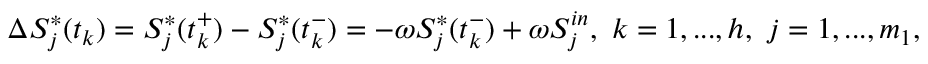
\Delta S _ { j } ^ { * } ( t _ { k } ) = S _ { j } ^ { * } ( t _ { k } ^ { + } ) - S _ { j } ^ { * } ( t _ { k } ^ { - } ) = - \omega S _ { j } ^ { * } ( t _ { k } ^ { - } ) + \omega S _ { j } ^ { i n } , \ k = 1 , . . . , h , \ j = 1 , . . . , m _ { 1 } ,